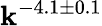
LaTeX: \mathbf{k}^{-4.1\pm0.1}